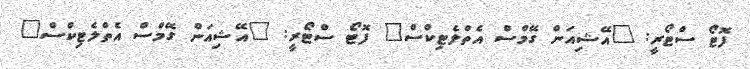
ފޮޓޯ ސްޓޯރީ: "އޭޝިއަން ގޭމްސް އެތްލެޓިކްސް" ފޮޓޯ ސްޓޯރީ: "އޭޝިއަން ގޭމްސް އެތްލެޓިކްސް"